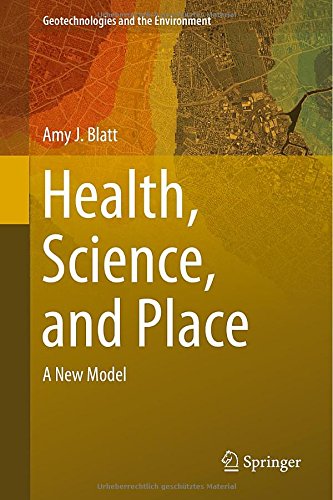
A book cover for Health, Science, and Place: A New Model (Geotechnologies and the Environment); Amy J. Blatt; Medical Books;